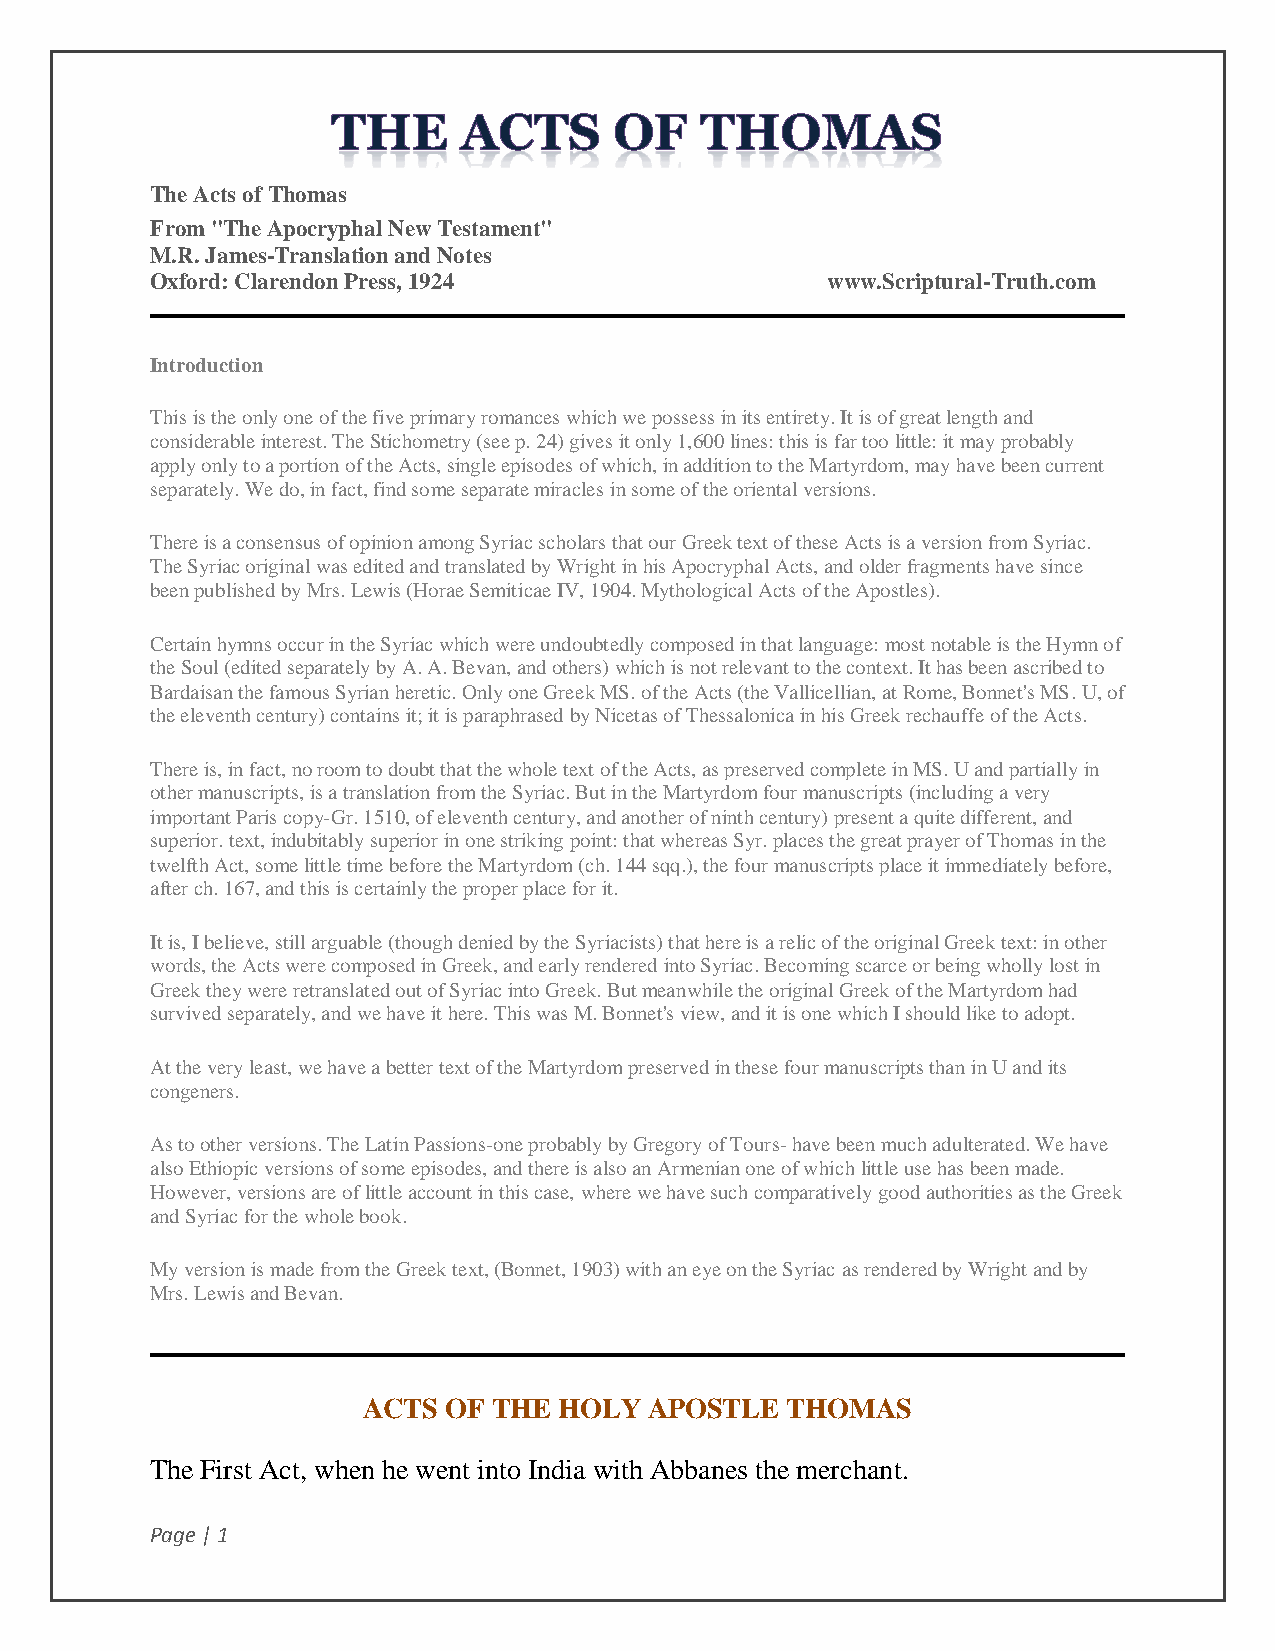
The Acts of Thomas
 From "The Apocryphal New Testament"
 M.R. James-Translation and Notes
 Oxford: Clarendon Press, 1924                www.Scriptural-Truth.com
 Introduction
 This is the only one of the five primary romances which we possess in its entirety. It is of great length and
 considerable interest. The Stichometry (see p. 24) gives it only 1,600 lines: this is far too little: it may probably
 apply only to a portion of the Acts, single episodes of which, in addition to the Martyrdom, may have been current
 separately. We do, in fact, find some separate miracles in some of the oriental versions.
 There is a consensus of opinion among Syriac scholars that our Greek text of these Acts is a version from Syriac.
 The Syriac original was edited and translated by Wright in his Apocryphal Acts, and older fragments have since
 been published by Mrs. Lewis (Horae Semiticae IV, 1904. Mythological Acts of the Apostles).
 Certain hymns occur in the Syriac which were undoubtedly composed in that language: most notable is the Hymn of
 the Soul (edited separately by A. A. Bevan, and others) which is not relevant to the context. It has been ascribed to
 Bardaisan the famous Syrian heretic. Only one Greek MS. of the Acts (the Vallicellian, at Rome, Bonnet's MS. U, of
 the eleventh century) contains it; it is paraphrased by Nicetas of Thessalonica in his Greek rechauffe of the Acts.
 There is, in fact, no room to doubt that the whole text of the Acts, as preserved complete in MS. U and partially in
 other manuscripts, is a translation from the Syriac. But in the Martyrdom four manuscripts (including a very
 important Paris copy-Gr. 1510, of eleventh century, and another of ninth century) present a quite different, and
 superior. text, indubitably superior in one striking point: that whereas Syr. places the great prayer of Thomas in the
 twelfth Act, some little time before the Martyrdom (ch. 144 sqq.), the four manuscripts place it immediately before,
 after ch. 167, and this is certainly the proper place for it.
 It is, I believe, still arguable (though denied by the Syriacists) that here is a relic of the original Greek text: in other
 words, the Acts were composed in Greek, and early rendered into Syriac. Becoming scarce or being wholly lost in
 Greek they were retranslated out of Syriac into Greek. But meanwhile the original Greek of the Martyrdom had
 survived separately, and we have it here. This was M. Bonnet's view, and it is one which I should like to adopt.
 At the very least, we have a better text of the Martyrdom preserved in these four manuscripts than in U and its
 congeners.
 As to other versions. The Latin Passions-one probably by Gregory of Tours- have been much adulterated. We have
 also Ethiopic versions of some episodes, and there is also an Armenian one of which little use has been made.
 However, versions are of little account in this case, where we have such comparatively good authorities as the Greek
 and Syriac for the whole book.
 My version is made from the Greek text, (Bonnet, 1903) with an eye on the Syriac as rendered by Wright and by
 Mrs. Lewis and Bevan.
 ACTS OF  THE HOLY  APOSTLE  THOMAS
 The First Act, when he went into India with Abbanes the merchant.
 Page | 1